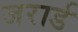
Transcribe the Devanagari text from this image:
जरार्ड